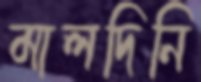
মালদিনি